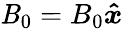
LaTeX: \textbf{\textit{B}}_{0}=B_{0}\boldsymbol{\hat{x}}